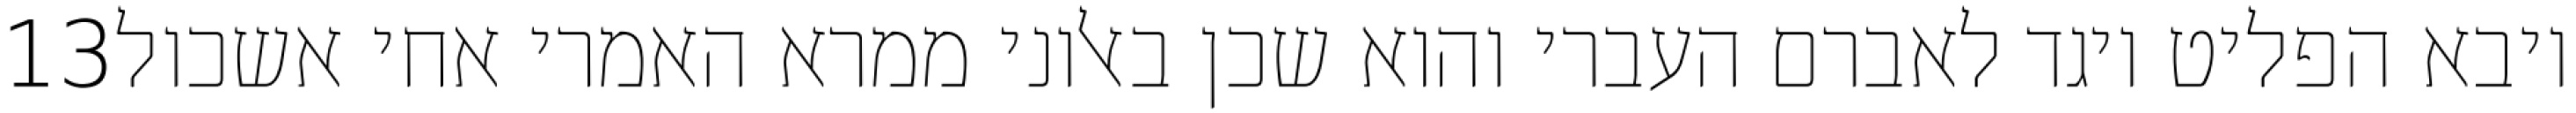
‎13‏ ויבא הפליט ויגד לאברם העברי והוא שכן באלוני ממרא האמרי אחי אשכול